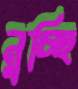
নুচ্ছি